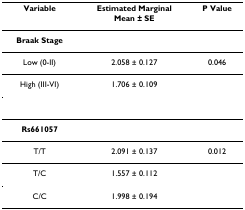
<table><thead><tr><td><b>Variable</b></td><td><b>Estimated MarginalMean ± SE</b></td><td><b>P Value</b></td></tr></thead><tbody><tr><td><b>Braak Stage</b></td><td></td><td></td></tr><tr><td>Low (0-II)</td><td>2.058 ± 0.127</td><td>0.046</td></tr><tr><td>High (III-VI)</td><td>1.706 ± 0.109</td><td></td></tr><tr><td><b>Rs661057</b></td><td></td><td></td></tr><tr><td>T/T</td><td>2.091 ± 0.137</td><td>0.012</td></tr><tr><td>T/C</td><td>1.557 ± 0.112</td><td></td></tr><tr><td>C/C</td><td>1.998 ± 0.194</td><td></td></tr></tbody></table>